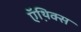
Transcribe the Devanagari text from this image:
ऍथ़िक्स